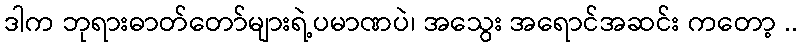
ဒါက ဘုရားဓာတ်တော်များရဲ့ပမာဏပဲ၊ အသွေး အရောင်အဆင်း ကတော့ ..